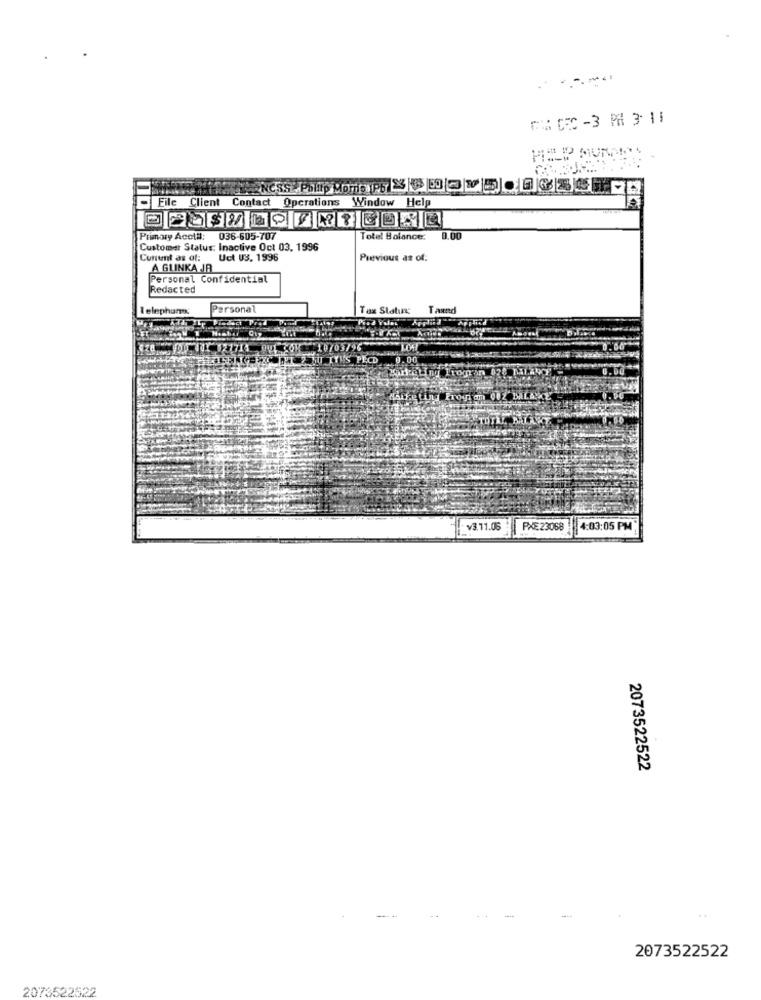
- Eile Client Contact Operations Window Help
Primary Acctil:
036-605-707
Totel Balance:
0.00
Customer Status: Inactive Oct 03. 1996
Cunt as of:
Uct US. 1996
Previous as of:
A GLINKA JB
Personal Confidential
Redacted
1 elephant
Personal
Tax Stahre
Taund
MIT TYUS PECD
v3.11.05
PXE 23068
4:03:05 PM
2073522522
--
..
2073522522
2073522522